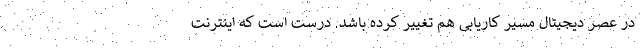
در عصر دیجیتال مسیر کاریابی هم تغییر کرده باشد. درست است که اینترنت